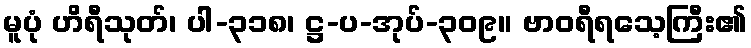
မူပုံ ဟိရီသုတ်၊ ပါ-၃၁၈၊ ဋ္ဌ-ပ-အုပ်-၃၀၉။ ဗာဝရီရသေ့ကြီး၏